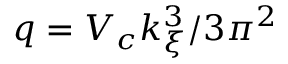
q = V _ { c } k _ { \xi } ^ { 3 } / 3 \pi ^ { 2 }